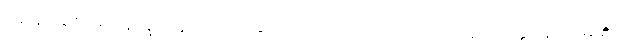
ရှေးရှုဆောင်၍။ နိက္ခိတ္တောယထာ၊ ချထားအပ်သကဲ့သို့။ ဧဝံ၊ အတူ။ အတ္တနော၊ မိမိ၏။